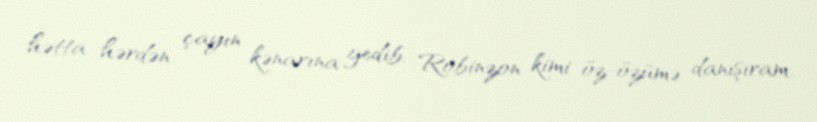
hətta hərdən çayın kənarına gedib, Robinzon kimi öz-özümə danışıram.